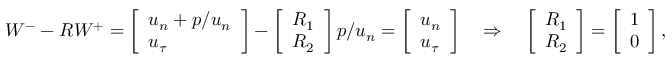
W ^ { - } - R W ^ { + } = \left[ \begin{array} { l } { u _ { n } + p / u _ { n } } \\ { u _ { \tau } } \end{array} \right] - \left[ \begin{array} { l } { R _ { 1 } } \\ { R _ { 2 } } \end{array} \right] p / u _ { n } = \left[ \begin{array} { l } { u _ { n } } \\ { u _ { \tau } } \end{array} \right] \quad \Rightarrow \quad \left[ \begin{array} { l } { R _ { 1 } } \\ { R _ { 2 } } \end{array} \right] = \left[ \begin{array} { l } { 1 } \\ { 0 } \end{array} \right] ,